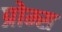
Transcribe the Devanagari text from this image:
प्रोम्स